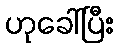
ဟုခေါ်ပြီး